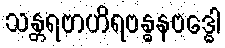
သန္တရဗာဟိရဗန္ဓနဗဒ္ဓေါ